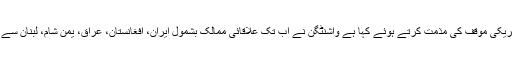
ایرانی صدر نے خطی ممالک سے متعلق امریکی موقف کی مذمت کرتے ہوئے کہا ہے واشنٹگن نے اب تک علاقائی ممالک بشمول ایران، افغانستان، عراق، یمن شام، لبنان سے متعلق بہت بڑی اسٹرٹیجک غلطیاں کی ہیں۔